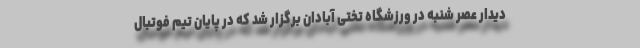
دیدار عصر شنبه در ورزشگاه تختی آبادان برگزار شد که در پایان تیم فوتبال